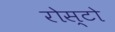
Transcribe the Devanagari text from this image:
रोस्टो